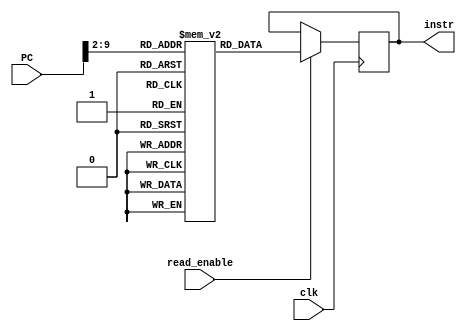
// This program was cloned from: https://github.com/chsasank/ARM7
// License: MIT License

/*`define instr_size 32
`define N ??	//N is the address size of the PC
//size of PC*/
module instr_cache(PC,instr,read_enable,clk);
parameter instr_size = 32;
parameter N = 32;
parameter addr_size = 8;	//pc supplies address to instr_cache, so addr_size is same as addr_width here. We ignore msb bits from r15.

reg [instr_size-1:0] M [256-1:0];	//2^addr_size-1, 32 bit instructions
input read_enable;
input [N-1:0]PC;
input clk;
output reg [instr_size-1:0] instr;

initial begin
//application code here.
M[0]= 32'he3a0000a;	
M[1]= 32'he3a00000; //MOV      r0, #10        ; Set up parameters
M[2]= 32'he3a01001;	//MOV      r1, #3
M[3] =32'he0913002;	//MOV		 r4, #4;here
M[4]= 32'he1a01002;	//MOV r9, #19
M[5]= 32'he1a02003;	//add ro,r1,#43
M[6]= 32'h3afffffb;	//MOV		 r7, #2
M[7]= 32'he3a07001;	//
M[8]= 32'he3a07002; //
M[9]= 32'he3a07002; //
M[10]= 32'he3a07003; //
M[11]= 32'he3a07004; //
M[12]= 32'he3a07005; //
M[13]= 32'he3a07006; //
M[14]= 32'he3a07007; //
M[15]= 32'he3a07008; //
M[16]= 32'he3a07009; //
M[17]= 32'he3a07001; //
end


always @ (negedge clk)	
begin
	if(read_enable==1) begin
		instr= M[PC[addr_size+1:2]];
	end
end

endmodule